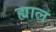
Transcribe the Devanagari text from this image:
ह्याल